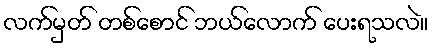
လက်မှတ် တစ်စောင် ဘယ်လောက် ပေးရသလဲ။